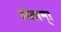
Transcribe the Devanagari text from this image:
संतान्।